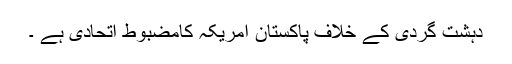
دہشت گردی کے خلاف پاکستان امریکہ کامضبوط اتحادی ہے ۔